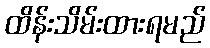
ထိန်းသိမ်းထားရမည်